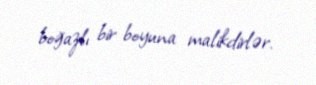
boğazlı bir boyuna malikdirlər.